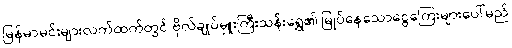
မြန်မာမင်းများလက်ထက်တွင် ဗိုလ်ချုပ်မှူးကြီးသန်းရွှေ၏ မြုပ်နေသောငွေကြေးများပေါ်မည်